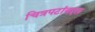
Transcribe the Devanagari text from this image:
चित्रपटांबद्दल